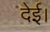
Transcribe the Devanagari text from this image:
देई।